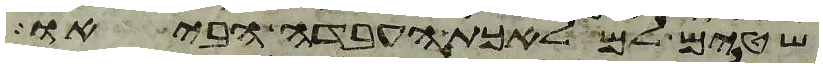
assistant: שטים למלאכת העבדה הביאו